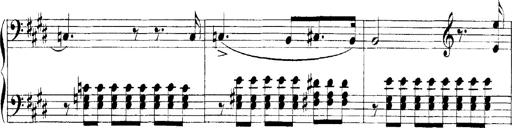
Title: LiebestrÃ¤ume
Composer: Franz Behr
Key: E-flat major